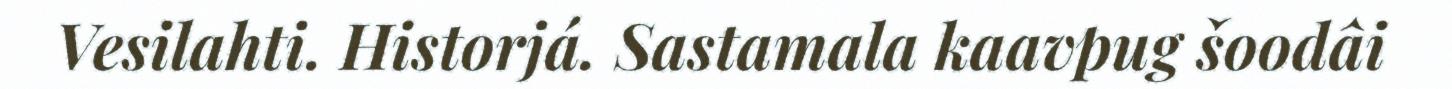
Vesilahti. Historjá. Sastamala kaavpug šoodâi